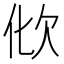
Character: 𣢉